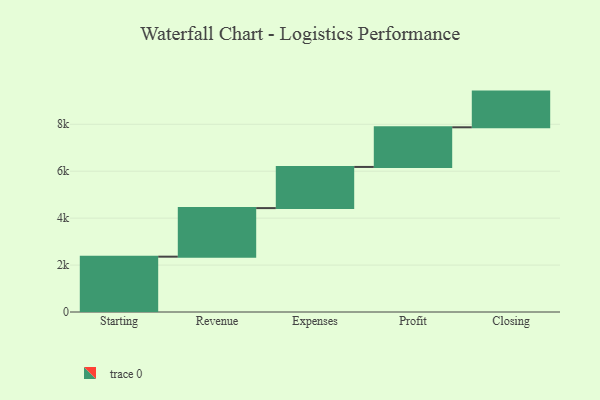
{"axis": {"x": "Step", "y": "Value"}, "legend": [""], "data": [{"x": "Starting", "y": 2358.0, "type": ""}, {"x": "Revenue", "y": 2070.0, "type": ""}, {"x": "Expenses", "y": 1754.0, "type": ""}, {"x": "Profit", "y": 1690.0, "type": ""}, {"x": "Closing", "y": 1521.0, "type": ""}]}